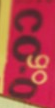
COgoO